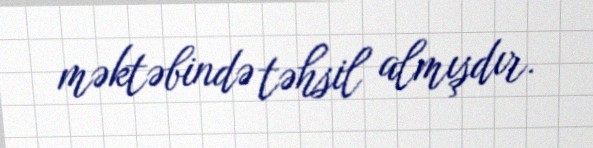
məktəbində təhsil almışdır.